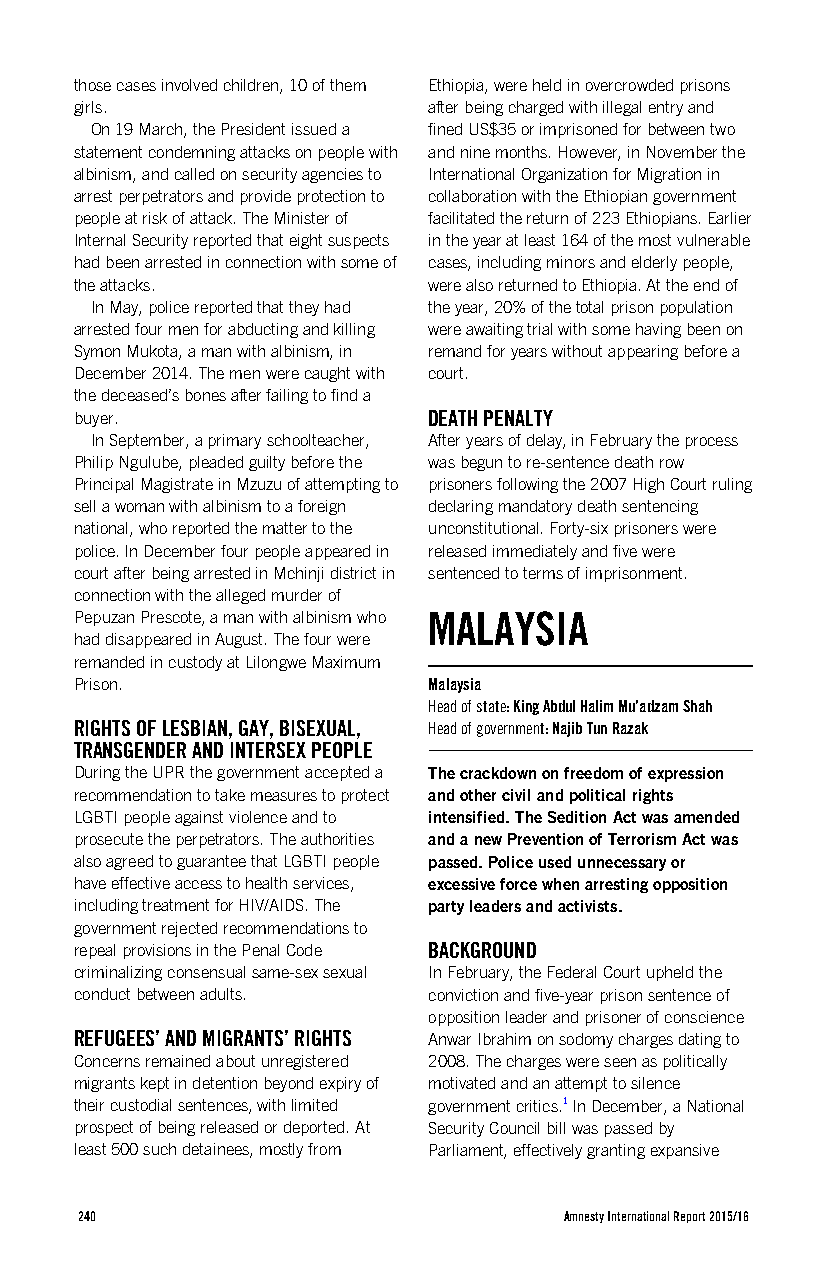
those cases involved children, 10 of them Ethiopia, were held in overcrowded prisons
 girls.                 after being charged with illegal entry and
 On 19 March, the President issued a fined US$35 or imprisoned for between two
 statement condemning attacks on people with and nine months. However, in November the
 albinism, and called on security agencies to International Organization for Migration in
 arrest perpetrators and provide protection to collaboration with the Ethiopian government
 people at risk of attack. The Minister of facilitated the return of 223 Ethiopians. Earlier
 Internal Security reported that eight suspects in the year at least 164 of the most vulnerable
 had been arrested in connection with some of cases, including minors and elderly people,
 the attacks.           were also returned to Ethiopia. At the end of
 In May, police reported that they had the year, 20% of the total prison population
 arrested four men for abducting and killing were awaiting trial with some having been on
 Symon Mukota, a man with albinism, in remand for years without appearing before a
 December 2014. The men were caught with court.
 the deceased’s bones after failing to find a
 buyer.                 DEATH PENALTY
 In September, a primary schoolteacher, After years of delay, in February the process
 Philip Ngulube, pleaded guilty before the was begun to re-sentence death row
 Principal Magistrate in Mzuzu of attempting to prisoners following the 2007 High Court ruling
 sell a woman with albinism to a foreign declaring mandatory death sentencing
 national, who reported the matter to the unconstitutional. Forty-six prisoners were
 police. In December four people appeared in released immediately and five were
 court after being arrested in Mchinji district in sentenced to terms of imprisonment.
 connection with the alleged murder of
 Pepuzan Prescote, a man with albinism who MALAYSIA
 had disappeared in August. The four were
 remanded in custody at Lilongwe Maximum
 Prison.                Malaysia
 Head of state: King Abdul Halim Mu’adzam Shah
 RIGHTS OF LESBIAN, GAY, BISEXUAL, Head of government: Najib Tun Razak
 TRANSGENDER AND INTERSEX PEOPLE
 During the UPR the government accepted a The crackdown on freedom of expression
 recommendation to take measures to protect and other civil and political rights
 LGBTI people against violence and to intensified. The Sedition Act was amended
 prosecute the perpetrators. The authorities and a new Prevention of Terrorism Act was
 also agreed to guarantee that LGBTI people passed. Police used unnecessary or
 have effective access to health services, excessive force when arresting opposition
 including treatment for HIV/AIDS. The party leaders and activists.
 government rejected recommendations to
 repeal provisions in the Penal Code BACKGROUND
 criminalizing consensual same-sex sexual In February, the Federal Court upheld the
 conduct between adults. conviction and five-year prison sentence of
 opposition leader and prisoner of conscience
 REFUGEES’ AND MIGRANTS’ RIGHTS Anwar Ibrahim on sodomy charges dating to
 Concerns remained about unregistered 2008. The charges were seen as politically
 migrants kept in detention beyond expiry of motivated and an attempt to silence
 their custodial sentences, with limited government critics.1 In December, a National
 prospect of being released or deported. At Security Council bill was passed by
 least 500 such detainees, mostly from Parliament, effectively granting expansive
 240                             Amnesty International Report 2015/16